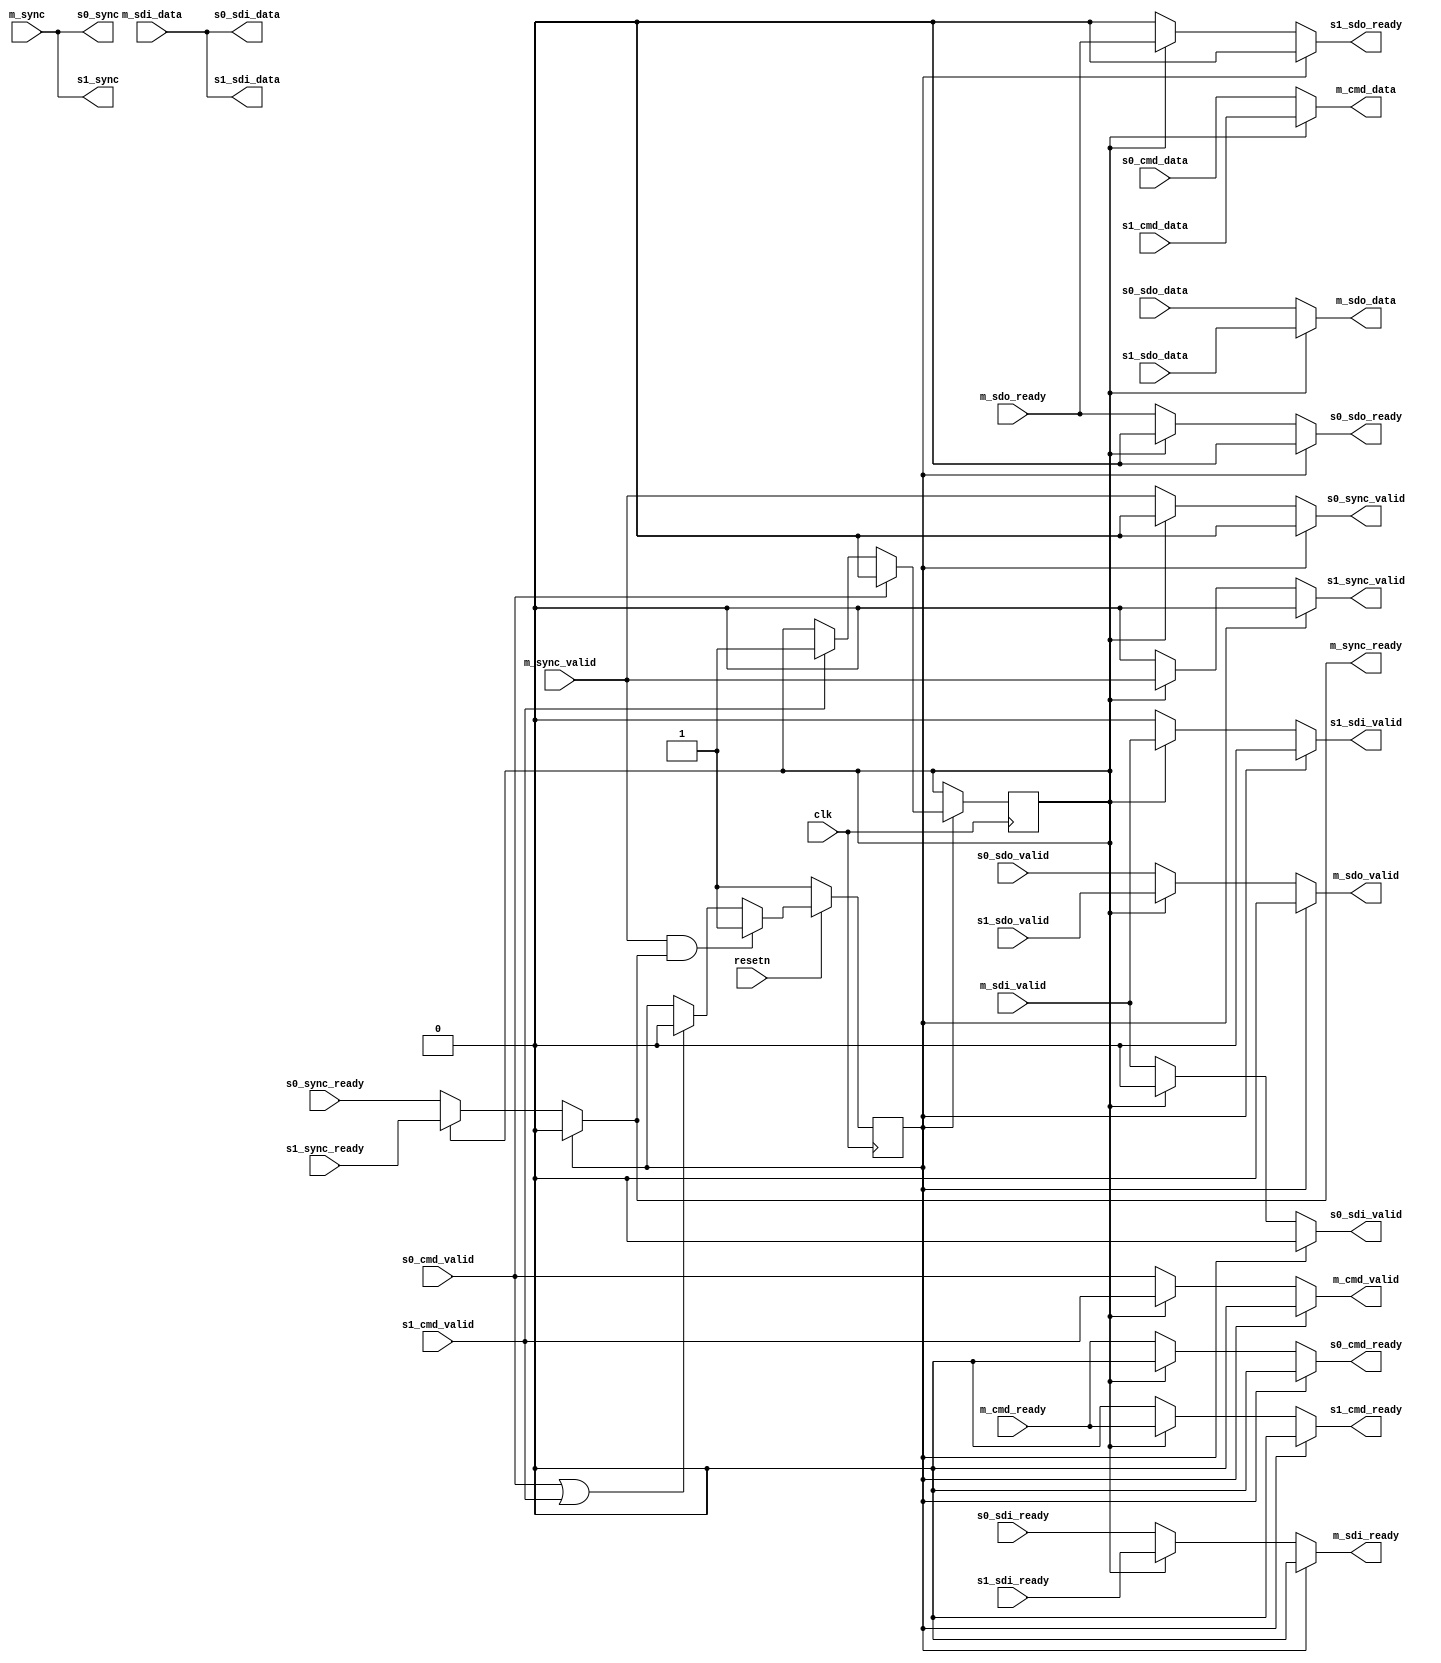


module spi_engine_interconnect (
	input clk,
	input resetn,

	output m_cmd_valid,
	input m_cmd_ready,
	output [15:0] m_cmd_data,

	output m_sdo_valid,
	input m_sdo_ready,
	output [7:0] m_sdo_data,

	input m_sdi_valid,
	output m_sdi_ready,
	input [7:0] m_sdi_data,

	input m_sync_valid,
	output m_sync_ready,
	input [7:0] m_sync,


	input s0_cmd_valid,
	output s0_cmd_ready,
	input [15:0] s0_cmd_data,

	input s0_sdo_valid,
	output s0_sdo_ready,
	input [7:0] s0_sdo_data,

	output s0_sdi_valid,
	input s0_sdi_ready,
	output [7:0] s0_sdi_data,

	output s0_sync_valid,
	input s0_sync_ready,
	output [7:0] s0_sync,


	input s1_cmd_valid,
	output s1_cmd_ready,
	input [15:0] s1_cmd_data,

	input s1_sdo_valid,
	output s1_sdo_ready,
	input [7:0] s1_sdo_data,

	output s1_sdi_valid,
	input s1_sdi_ready,
	output [7:0] s1_sdi_data,

	output s1_sync_valid,
	input s1_sync_ready,
	output [7:0] s1_sync
);

reg s_active = 1'b0;

reg idle = 1'b1;

`define spi_engine_interconnect_mux(s0, s1) (idle == 1'b1 ? 1'b0 : (s_active == 1'b0 ? s0 : s1))

assign m_cmd_data   = s_active == 1'b0 ? s0_cmd_data : s1_cmd_data;
assign m_cmd_valid  = `spi_engine_interconnect_mux(s0_cmd_valid, s1_cmd_valid);
assign s0_cmd_ready = `spi_engine_interconnect_mux(m_cmd_ready, 1'b0);
assign s1_cmd_ready = `spi_engine_interconnect_mux(1'b0, m_cmd_ready);

assign m_sdo_data   = s_active == 1'b0 ? s0_sdo_data : s1_sdo_data;
assign m_sdo_valid  = `spi_engine_interconnect_mux(s0_sdo_valid, s1_sdo_valid);
assign s0_sdo_ready = `spi_engine_interconnect_mux(m_sdo_ready, 1'b0);
assign s1_sdo_ready = `spi_engine_interconnect_mux(1'b0, m_sdo_ready);

assign s0_sdi_data  = m_sdi_data;
assign s1_sdi_data  = m_sdi_data;
assign m_sdi_ready  = `spi_engine_interconnect_mux(s0_sdi_ready, s1_sdi_ready);
assign s0_sdi_valid = `spi_engine_interconnect_mux(m_sdi_valid, 1'b0);
assign s1_sdi_valid = `spi_engine_interconnect_mux(1'b0, m_sdi_valid);

assign s0_sync       = m_sync;
assign s1_sync       = m_sync;
assign m_sync_ready  = `spi_engine_interconnect_mux(s0_sync_ready, s1_sync_ready);
assign s0_sync_valid = `spi_engine_interconnect_mux(m_sync_valid, 1'b0);
assign s1_sync_valid = `spi_engine_interconnect_mux(1'b0, m_sync_valid);

always @(posedge clk) begin
	if (idle == 1'b1) begin
		if (s0_cmd_valid)
			s_active <= 1'b0;
		else if (s1_cmd_valid)
			s_active <= 1'b1;
	end
end

always @(posedge clk) begin
	if (resetn == 1'b0) begin
		idle = 1'b1;
	end else begin
		if (m_sync_valid == 1'b1 && m_sync_ready == 1'b1) begin
			idle <= 1'b1;
		end else if (s0_cmd_valid == 1'b1 || s1_cmd_valid == 1'b1) begin
			idle <= 1'b0;
		end
	end
end

endmodule